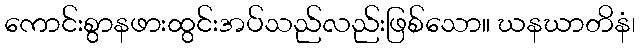
ကောင်းစွာနဖားထွင်းအပ်သည်လည်းဖြစ်သော။ ဃနဃာတိနံ၊